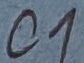
Text: C1